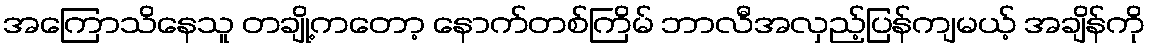
အကြောသိနေသူ တချို့ကတော့ နောက်တစ်ကြိမ် ဘာလီအလှည့်ပြန်ကျမယ့် အချိန်ကို